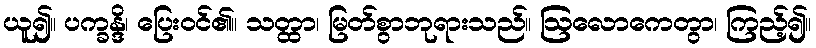
ယူ၍။ ပက္ခန္ဒိ၊ ပြေးဝင်၏။ သတ္ထာ၊ မြတ်စွာဘုရားသည်။ ဩလောကေတွာ၊ ကြည့်၍။